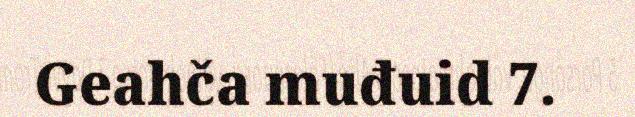
Geahča muđuid 7.